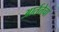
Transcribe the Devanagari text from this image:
आर्ततेचा